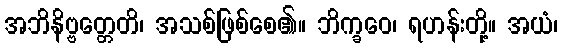
အဘိနိဗ္ဗတ္တေတိ၊ အသစ်ဖြစ်စေ၏။ ဘိက္ခဝေ၊ ရဟန်းတို့။ အယံ၊